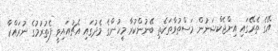
އޭގެ ތެރޭގައި އިންޖެކްޝަނުން މަސްތުވާތަކެތި ބޭނުންކުރާ މީހުންގެ މެދުގައި އެޗުއައިވީ ފެތުރުމުގެ ނުރައްކާ